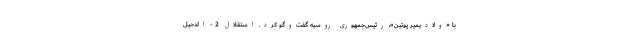
با «ولادیمیر پوتین»، رئیس‌جمهوری روسیه گفت‌وگو کرد. استقلال 2 - الدحیل